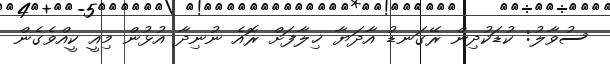
ސުވާލު: ކުޑަކުދިން ރޭގަނޑު އާދަޔާ ޚިލާފަށް ރޮއެ ނުނިދާ އުޅުން މިއީ ކީއްވެގެން